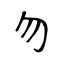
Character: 勿